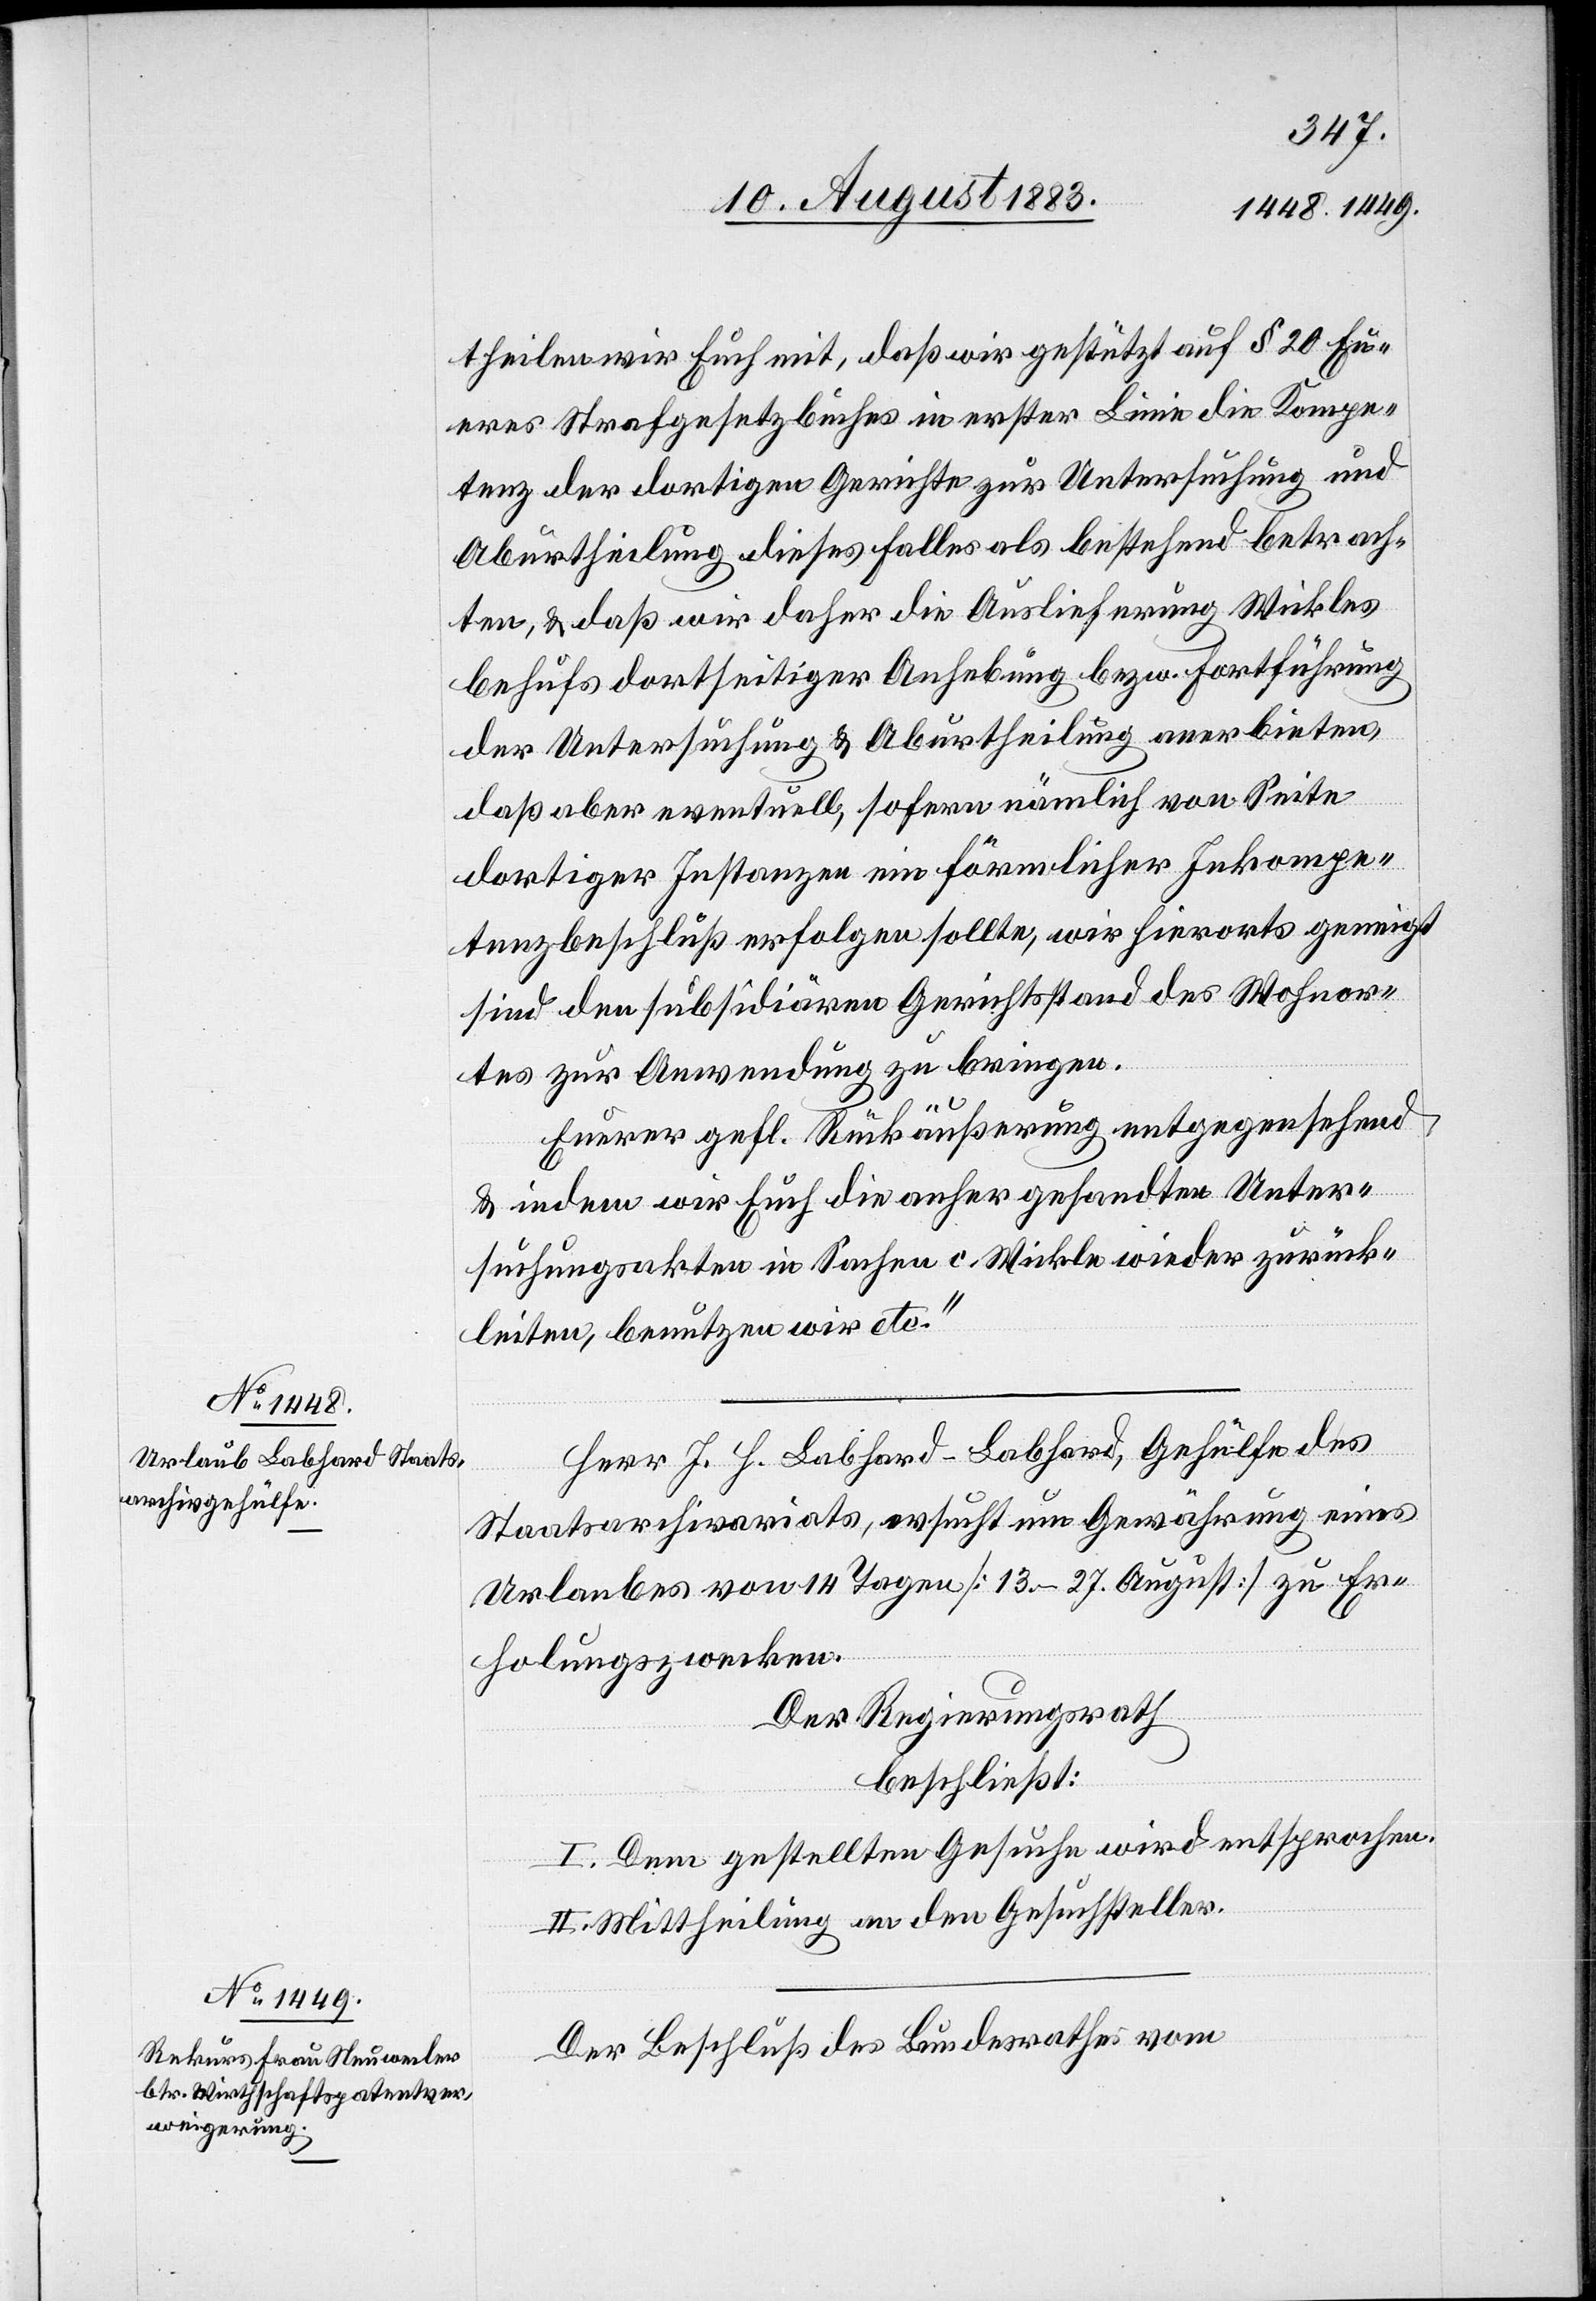
theilen wir Euch mit, daß wir gestützt auf § 20 Eu¬
res Strafgesetzbuches in erster Linie die Kompe¬
tenz der dortigen Gerichte zur Untersuchung und
Aburtheilung dieses Falles als bestehend betrach¬
ten, & daß wir daher die Auslieferung Wickles
behufs dortseitiger Anhebung bezw. Fortführung
der Untersuchung & Aburtheilung anerbieten,
daß aber eventuell, sofern nämlich von Seite
dortiger Instanzen ein förmlicher Inkompe¬
tenzbeschluß erfolgen sollte, wir hierorts geneigt
sind den subsidiären Gerichtsstand des Wohnor¬
tes zur Anwendung zu bringen.
Eurer gefl. Rückäußerung entgegensehend
& indem wir Euch die anher gesandten Unter¬
suchungsakten in Sachen c. Wickle wieder zurück¬
leiten, benutzen wir etc.“
Herr J. H. Labhard-Labhard, Gehülfe des
Staatsarchivariats, ersucht um Gewährung eines
Urlaubes von 14 Tagen [13.–24. August] zu Er¬
holungszwecken.
Der Regierungsrath
beschließt:
I. Dem gestellten Gesuche wird entsprochen.
II. Mittheilung an den Gesuchsteller.
Der Beschluß des Bundesrathes vom…